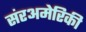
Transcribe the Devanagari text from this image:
संरअमेरिकी